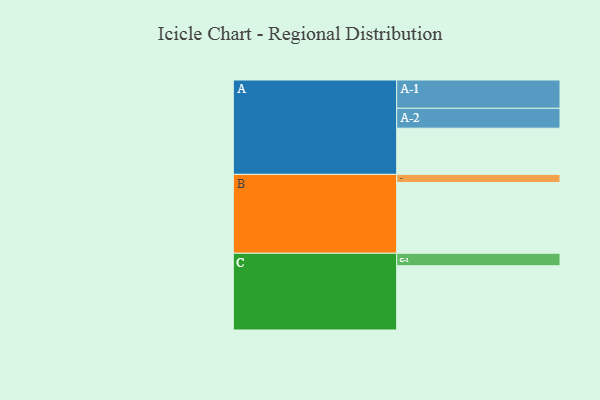
{"axis": {"x": "Segment", "y": "Value"}, "legend": ["", "A", "B", "C"], "data": [{"x": "A", "y": 385, "type": ""}, {"x": "B", "y": 590, "type": ""}, {"x": "C", "y": 536, "type": ""}, {"x": "A-1", "y": 236, "type": "A"}, {"x": "A-2", "y": 166, "type": "A"}, {"x": "B-1", "y": 68, "type": "B"}, {"x": "C-1", "y": 104, "type": "C"}]}